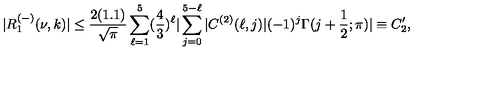
| R _ { 1 } ^ { ( - ) } ( \nu , k ) | \leq \frac { 2 ( 1 . 1 ) } { \sqrt { \pi } } \sum _ { \ell = 1 } ^ { 5 } ( \frac { 4 } { 3 } ) ^ { \ell } | \sum _ { j = 0 } ^ { 5 - \ell } | C ^ { ( 2 ) } ( \ell , j ) | ( - 1 ) ^ { j } \Gamma ( j + \frac { 1 } { 2 } ; \pi ) | \equiv C _ { 2 } ^ { \prime } ,